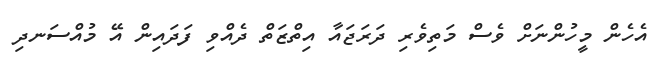
އެހެން މީހުންނަށް ވެސް މަތިވެރި ދަރަޖައާ އިތްޒަތް ދެއްވި ފަދައިން އޭ މުއްސަނދި